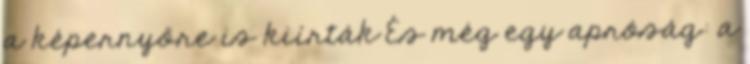
a képernyőre is kiírták És még egy apróság: a